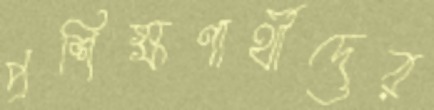
প্রশিক্ষণার্থীদের